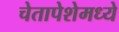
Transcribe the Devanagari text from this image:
चेतापेशेमध्ये